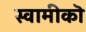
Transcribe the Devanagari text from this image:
स्वामीकॊ